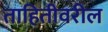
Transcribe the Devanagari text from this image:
ताहितीवरील